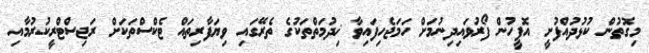
މިގޮތުން ކުޅުދުއްފުށީ އޮފީހުން ފޯރުވައިދިނުމަށް ހަމަޖެހިފައިވާ ޚިދުމަތްތަކުގެ ތެރޭގައި ވިޔަފާރިތައް ޓެކްސްތަކަށް ރަޖިސްޓްރީކުރުމާއި